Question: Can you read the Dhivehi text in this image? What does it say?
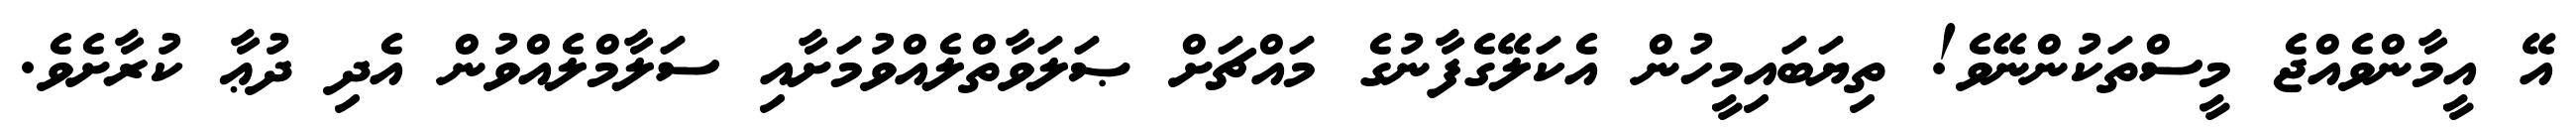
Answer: އޭ އީމާންވެއްޖެ މީސްތަކުންނޭވެ! ތިޔަބައިމީހުން އެކަލޭގެފާނުގެ މައްޗަށް ޞަލަވާތްލެއްވުމަށާއި ސަލާމްލެއްވުން އެދި ދުޢާ ކުރާށެވެ.